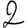
Digit: 2